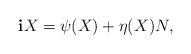
LaTeX: \begin{align*}\mathbf{i} X=\psi(X)+\eta(X)N,\end{align*}